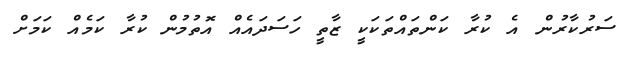
ސަރުކާރުން އެ ކުރާ ކަންތައްތަކަކީ ޒާތީ ހަސަދައެއް އޮތުމުން ކުރާ ކަމެއް ކަމަށް